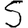
Digit: 5